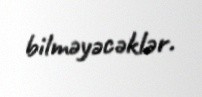
bilməyəcəklər.